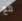
مع